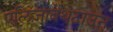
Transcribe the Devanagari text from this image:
एलिज़ाबेथटाउन